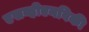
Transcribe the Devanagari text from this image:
एसव्हीएनविकी